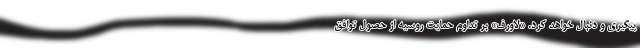
پیگیری و دنبال خواهد کرد. «لاورف» بر تداوم حمایت روسیه از حصول توافق